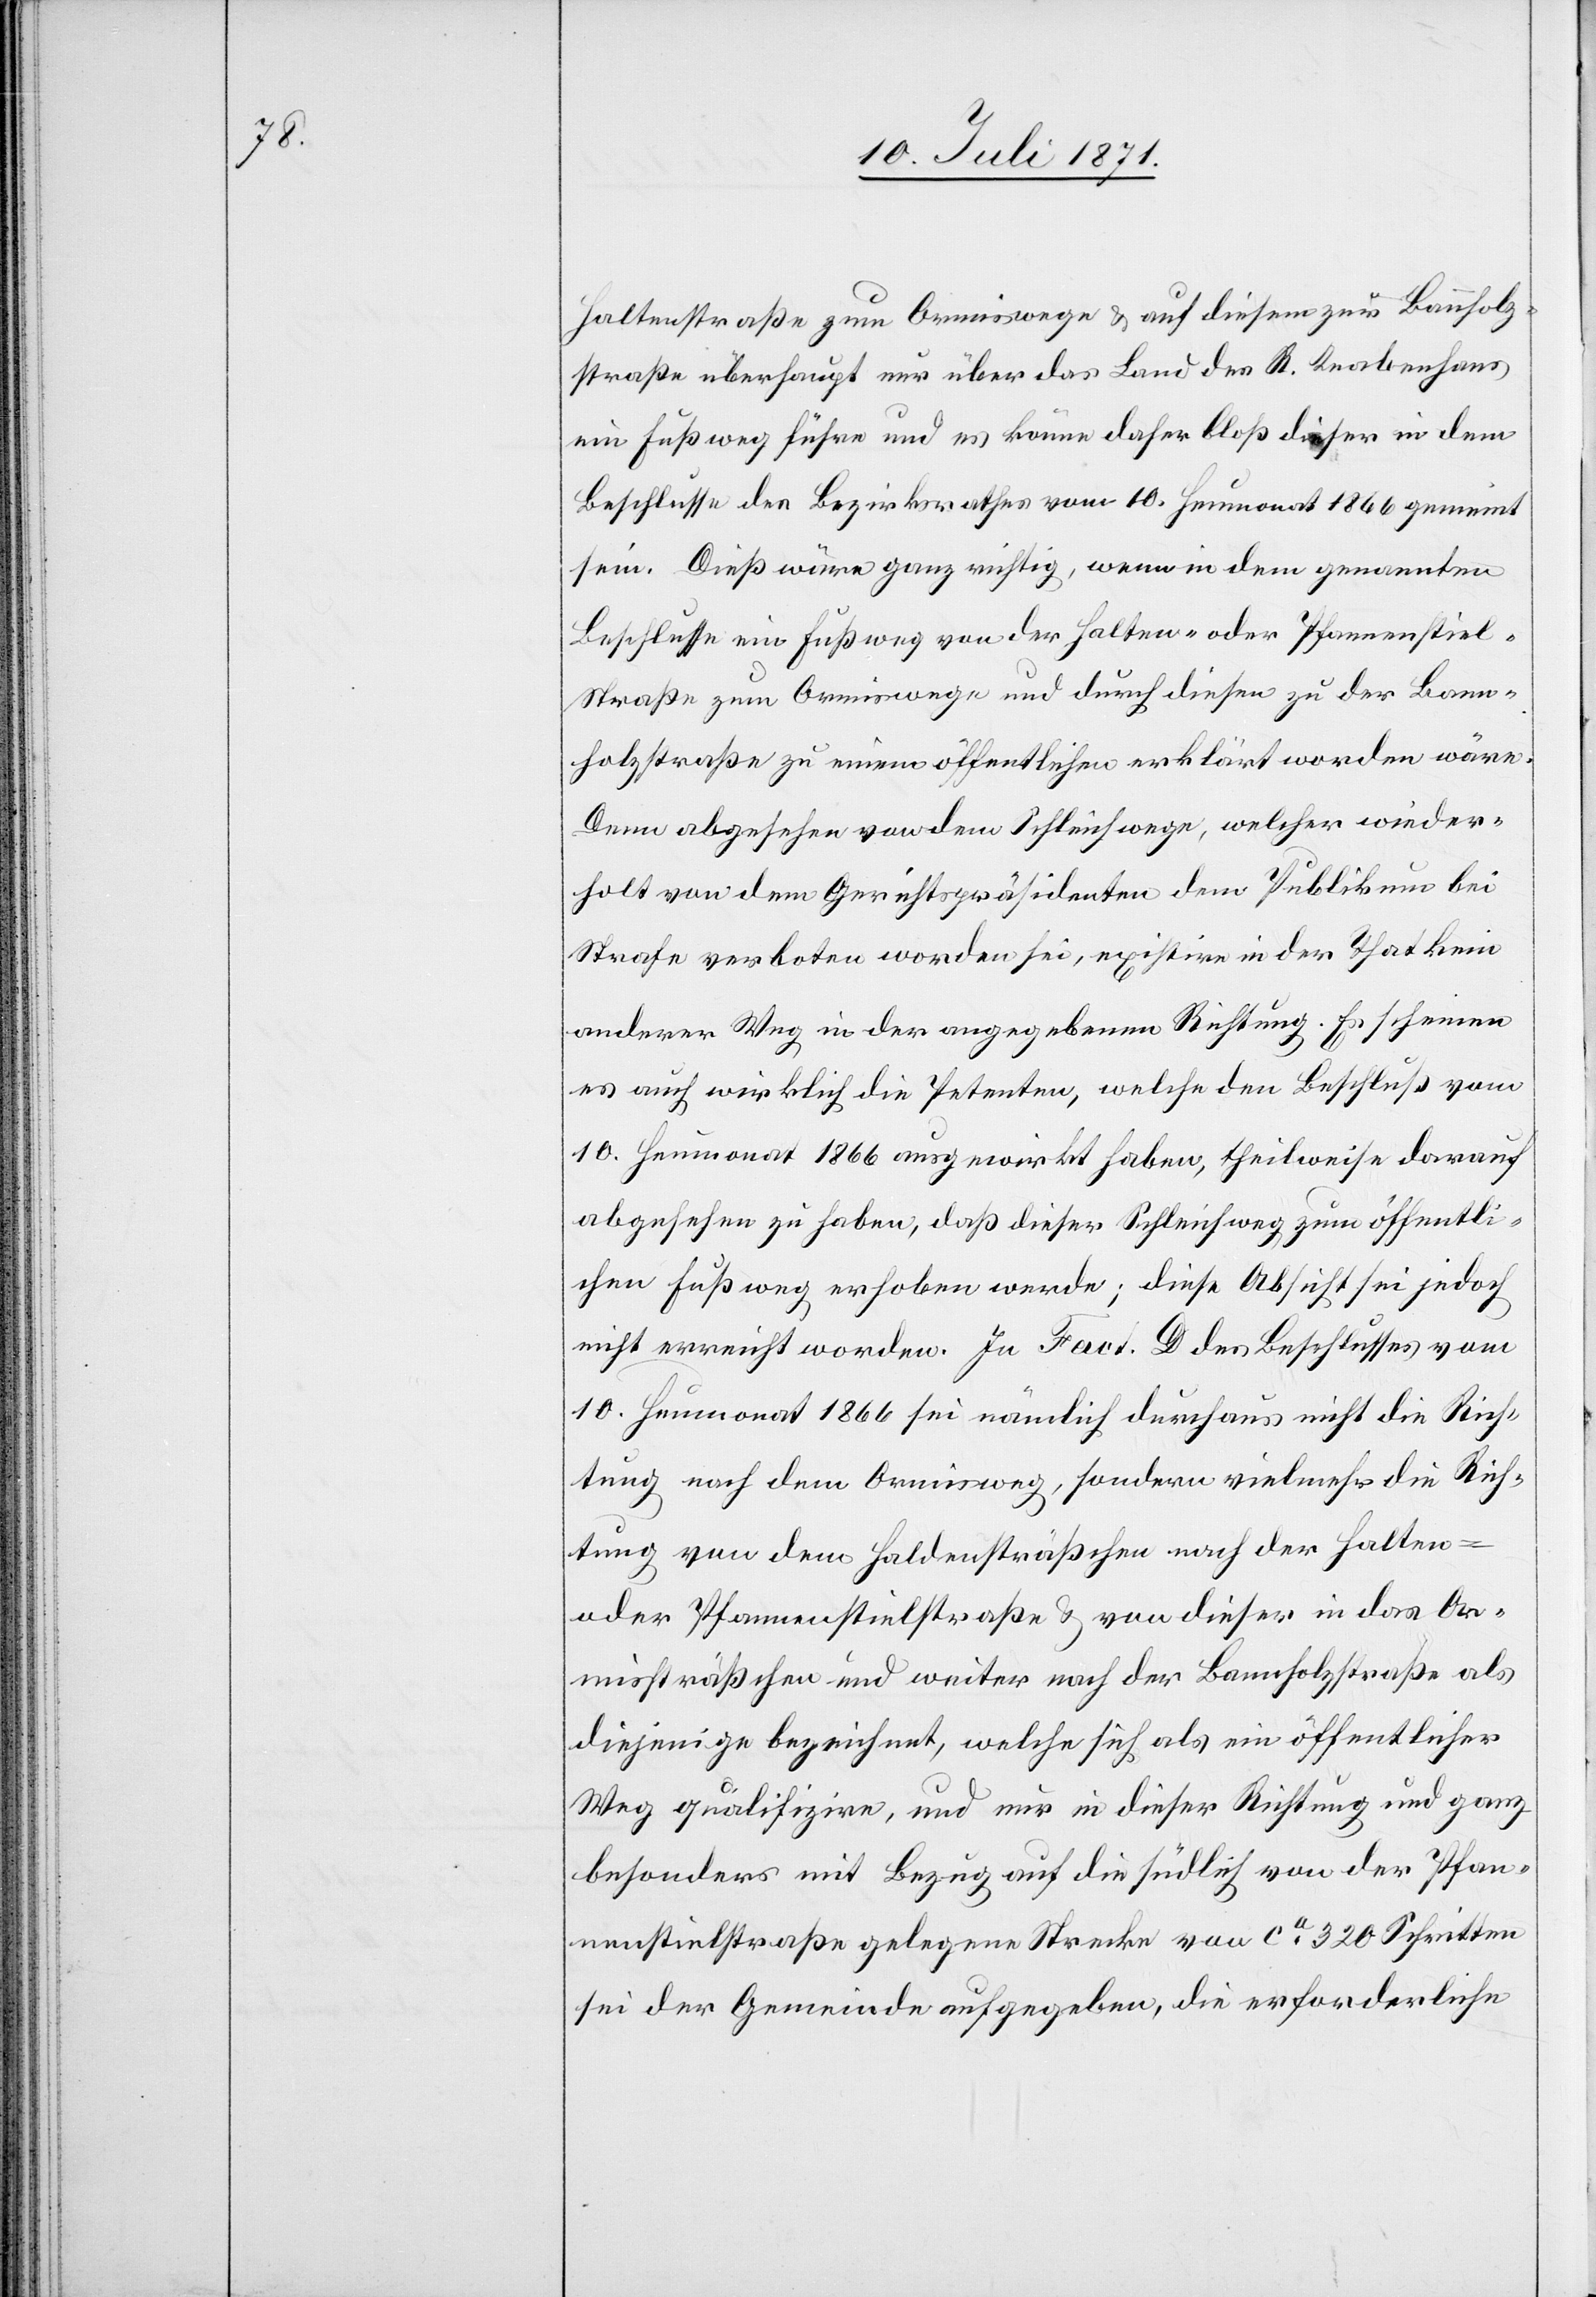
Haltenstraße zum Ormiswege u. auf diesem zur Bauholz¬
straße überhaupt nur über das Land des R. Knabenhans
ein Fußweg führe und es könne daher bloß dieser in dem
Beschlusse des Bezirksrathes vom 10. Heumonat 1866 gemeint
sein. Dieß wäre ganz richtig, wenn in dem genannten
Beschlusse ein Fußweg von der Halten- oder Pfannenstiel¬
straße zum Ormiswege und durch diesen zu der Bann¬
holzstraße zu einem öffentlichen erklärt worden wäre.
Denn abgesehen von dem Schleichwege, welcher wieder¬
holt von dem Gerichtspräsidenten dem Publikum bei
Strafe verboten worden sei, existire in der That kein
anderer Weg in der angegebenen Richtung. Es scheinen
es auch wirklich die Petenten, welche den Beschluß vom
10. Heumonat 1866 ausgewirkt haben, theilweise darauf
abgesehen zu haben, daß dieser Schleichweg zum öffentli¬
chen Fußweg erhoben werde; diese Absicht sei jedoch
nicht erreicht worden. In Fact. D des Beschlusses vom
10. Heumonat 1866 sei nämlich durchaus nicht die Rich¬
tung nach dem Ormisweg, sondern vielmehr die Rich¬
tung von dem Haldensträßchen nach der Halten-
oder Pfannenstielstraße u. von dieser in das Or¬
missträßchen und weiter nach der Bannholzstraße als
diejenige bezeichnet, welche sich als ein öffentlicher
Weg qualifizire, und nur in dieser Richtung und ganz
besonders mit Bezug auf die südlich von der Pfan¬
nenstielstraße gelegene Strecke von ca. 320 Schritten
sei der Gemeinde aufgegeben, die erforderliche